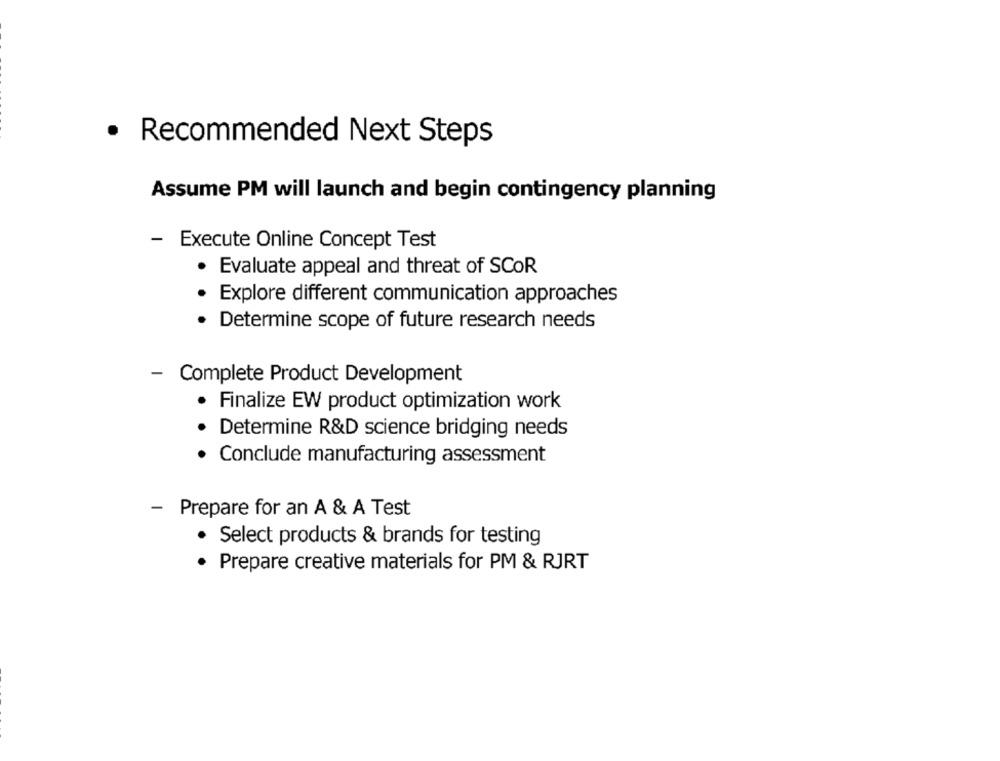
· Recommended Next Steps
Assume PM will launch and begin contingency planning
- Execute Online Concept Test
· Evaluate appeal and threat of SCOR
· Explore different communication approaches
Determine scope of future research needs
- Complete Product Development
Finalize EW product optimization work
· Determine R&D science bridging needs
Conclude manufacturing assessment
-
Prepare for an A & A Test
· Select products & brands for testing
· Prepare creative materials for PM & RJRT